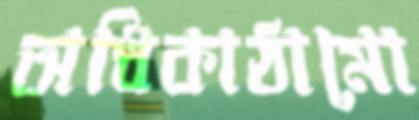
অধিকাঠামো